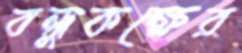
বন্ধুকক্ষের